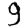
Digit: 9